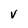
Character: v